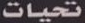
تحيات